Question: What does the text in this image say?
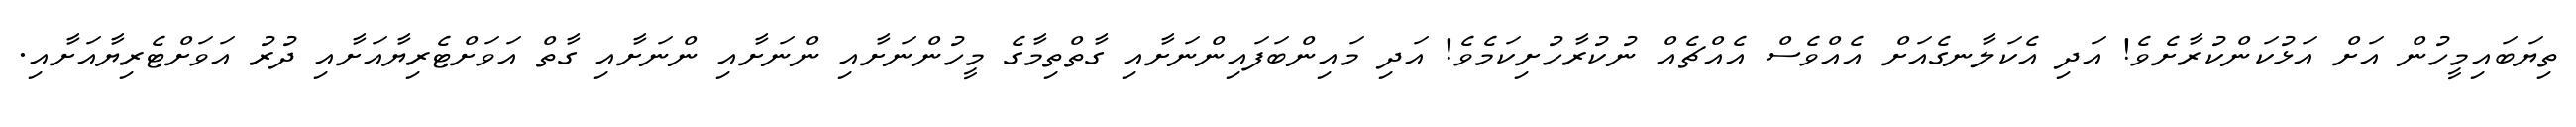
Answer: ތިޔަބައިމީހުން އަށް އަޅުކަންކުރާށެވެ! އަދި އެކަލާނގެއަށް އެއްވެސް އެއްޗެއް ނުކުރާހުށިކަމެވެ! އަދި މައިންބަފައިންނަށާއި ގާތްތިމާގެ މީހުންނަށާއި ންނަށާއި ންނަށާއި ގާތް އަވަށްޓެރިޔާއަށާއި ދުރު އަވަށްޓެރިޔާއަށާއި.